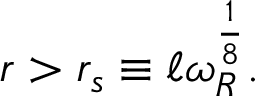
r > r _ { s } \equiv \ell \omega _ { R } ^ { \frac { 1 } { 8 } } .